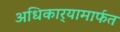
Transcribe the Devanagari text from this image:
अधिकार्‍यामार्फत